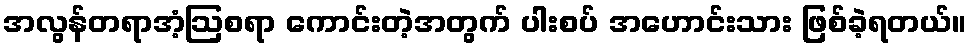
အလွန်တရာအံ့ဩစရာ ကောင်းတဲ့အတွက် ပါးစပ် အဟောင်းသား ဖြစ်ခဲ့ရတယ်။